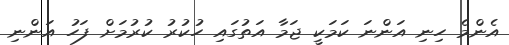
އެންމެ ހިނި އަންނަ ކަމަކީ ޖަމާ އަތުގައި ހުކުރު ކުރުމަށް ފަހު އަންނި